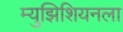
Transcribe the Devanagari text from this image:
म्युझिशियनला